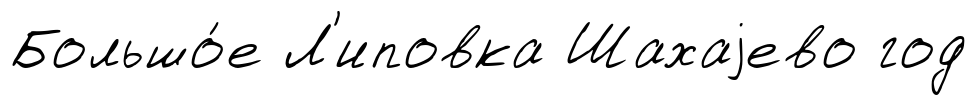
Большо́е Л'иповка Шахаjево год